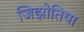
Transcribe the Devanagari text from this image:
जिझोतिया